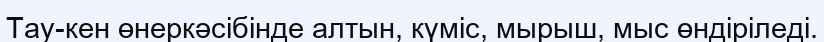
Тау-кен өнеркәсібінде алтын, күміс, мырыш, мыс өндіріледі.